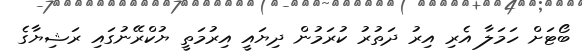
ބޯޓަށް ހަމަލާ އެރި އިރު ދަތުރު ކުރަމުން ދިޔައީ އިރުމަތީ ޔުކްރޭނުގައި ރަޝިޔާގެ